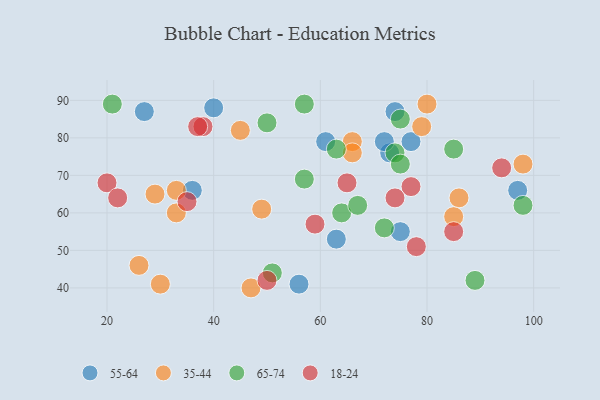
{"axis": {"x": "GDP", "y": "Life Expectancy"}, "legend": ["18-24", "35-44", "55-64", "65-74"], "data": [{"x": "63", "y": 53, "type": "55-64"}, {"x": "74", "y": 87, "type": "55-64"}, {"x": "27", "y": 87, "type": "55-64"}, {"x": "75", "y": 55, "type": "55-64"}, {"x": "73", "y": 76, "type": "55-64"}, {"x": "36", "y": 66, "type": "55-64"}, {"x": "40", "y": 88, "type": "55-64"}, {"x": "72", "y": 79, "type": "55-64"}, {"x": "97", "y": 66, "type": "55-64"}, {"x": "61", "y": 79, "type": "55-64"}, {"x": "77", "y": 79, "type": "55-64"}, {"x": "56", "y": 41, "type": "55-64"}, {"x": "29", "y": 65, "type": "35-44"}, {"x": "98", "y": 73, "type": "35-44"}, {"x": "86", "y": 64, "type": "35-44"}, {"x": "49", "y": 61, "type": "35-44"}, {"x": "30", "y": 41, "type": "35-44"}, {"x": "80", "y": 89, "type": "35-44"}, {"x": "26", "y": 46, "type": "35-44"}, {"x": "66", "y": 79, "type": "35-44"}, {"x": "47", "y": 40, "type": "35-44"}, {"x": "79", "y": 83, "type": "35-44"}, {"x": "66", "y": 76, "type": "35-44"}, {"x": "45", "y": 82, "type": "35-44"}, {"x": "33", "y": 66, "type": "35-44"}, {"x": "85", "y": 59, "type": "35-44"}, {"x": "33", "y": 60, "type": "35-44"}, {"x": "74", "y": 76, "type": "65-74"}, {"x": "57", "y": 89, "type": "65-74"}, {"x": "89", "y": 42, "type": "65-74"}, {"x": "21", "y": 89, "type": "65-74"}, {"x": "50", "y": 84, "type": "65-74"}, {"x": "85", "y": 77, "type": "65-74"}, {"x": "64", "y": 60, "type": "65-74"}, {"x": "63", "y": 77, "type": "65-74"}, {"x": "75", "y": 73, "type": "65-74"}, {"x": "72", "y": 56, "type": "65-74"}, {"x": "57", "y": 69, "type": "65-74"}, {"x": "98", "y": 62, "type": "65-74"}, {"x": "51", "y": 44, "type": "65-74"}, {"x": "75", "y": 85, "type": "65-74"}, {"x": "67", "y": 62, "type": "65-74"}, {"x": "20", "y": 68, "type": "18-24"}, {"x": "65", "y": 68, "type": "18-24"}, {"x": "22", "y": 64, "type": "18-24"}, {"x": "35", "y": 63, "type": "18-24"}, {"x": "94", "y": 72, "type": "18-24"}, {"x": "50", "y": 42, "type": "18-24"}, {"x": "77", "y": 67, "type": "18-24"}, {"x": "38", "y": 83, "type": "18-24"}, {"x": "37", "y": 83, "type": "18-24"}, {"x": "78", "y": 51, "type": "18-24"}, {"x": "59", "y": 57, "type": "18-24"}, {"x": "85", "y": 55, "type": "18-24"}, {"x": "74", "y": 64, "type": "18-24"}]}